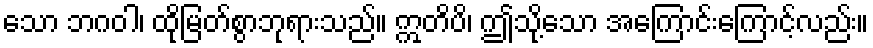
သော ဘဂဝါ၊ ထိုမြတ်စွာဘုရားသည်။ ဣတိပိ၊ ဤသို့သော အကြောင်းကြောင့်လည်း။